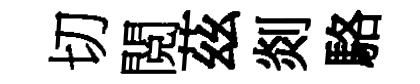
切閲茲剡駱